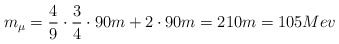
\begin{align*}m_{\mu}=\frac49 \cdot\frac34\cdot 90m + 2\cdot 90m =210m=105 Mev\end{align*}